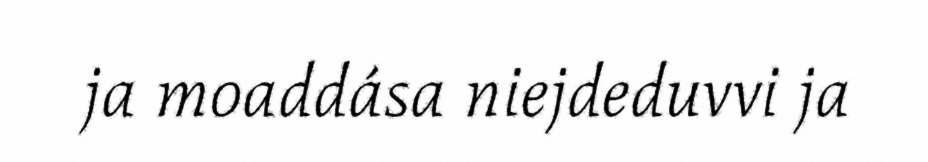
ja moaddása niejdeduvvi ja